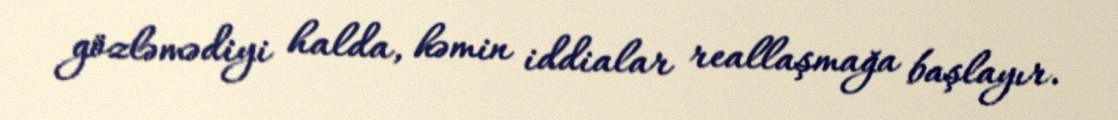
gözləmədiyi halda, həmin iddialar reallaşmağa başlayır.